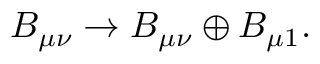
B _ { \mu \nu } \to B _ { \mu \nu } \oplus B _ { \mu 1 } .